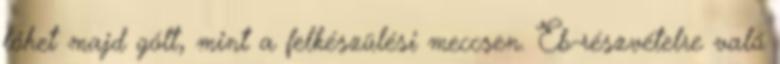
lőhet majd gólt, mint a felkészülési meccsen. Eb-részvételre való